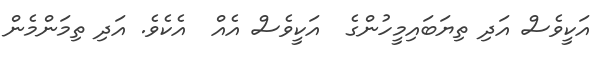
އަކީވެސް އަދި ތިޔަބައިމީހުންގެ  އަކީވެސް އެއް  އެކެވެ. އަދި ތިމަންމެން